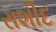
રાશીદ